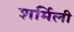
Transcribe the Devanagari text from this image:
शर्मिली